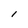
Character: I